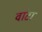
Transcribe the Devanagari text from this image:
वांटा